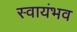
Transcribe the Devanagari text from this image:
स्वायंभव